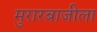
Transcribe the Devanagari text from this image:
मुरारबाजीला